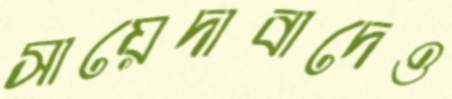
সায়েদাবাদেও